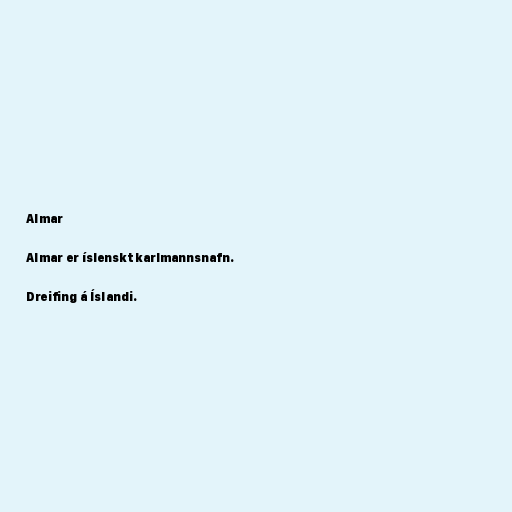
Almar

Almar er íslenskt karlmannsnafn.

Dreifing á Íslandi.